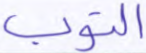
التوب